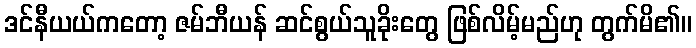
ဒင်နီယယ်ကတော့ ဇမ်ဘီယန် ဆင်စွယ်သူခိုးတွေ ဖြစ်လိမ့်မည်ဟု တွက်မိ၏။